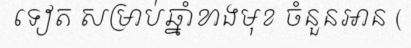
ទៀត សម្រាប់ឆ្នាំខាងមុខ ចំនួនអាន (